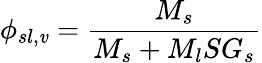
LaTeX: \phi_{sl,\mathit{v}}={\frac{{M_{s}}}{{M_{s}+M_{l}SG_{s}}}}